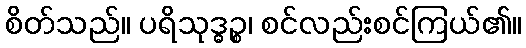
စိတ်သည်။ ပရိသုဒ္ဓဉ္စ၊ စင်လည်းစင်ကြယ်၏။